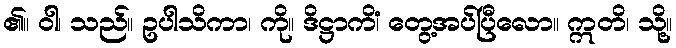
၏။ ဝါ၊ သည်။ ဥပါသိကာ၊ ကို။ ဒိဋ္ဌာကိံ၊ တွေ့အပ်ပြီလော။ ဣတိ၊ သို့။